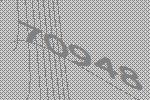
70948